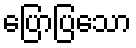
ပြောပြသော